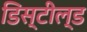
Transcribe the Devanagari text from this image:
डिस्टील्ड